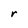
Character: r